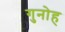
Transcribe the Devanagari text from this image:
गुनोह